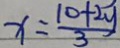
x = \frac { 1 0 + 2 y } { 3 }